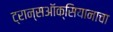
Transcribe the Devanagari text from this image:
ट्रान्सऑक्सियानाचा